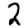
Digit: 2